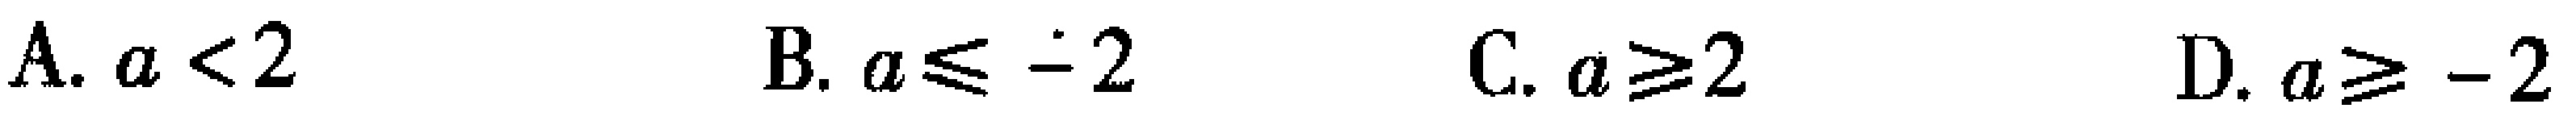
A. \(a < 2\)  B. \(a\leqslant - 2\)  C. \(a\geqslant 2\)  D. \(a\geqslant - 2\)